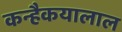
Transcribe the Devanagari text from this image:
कन्हैकयालाल